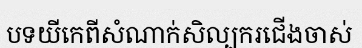
បទយីកេពីសំណាក់សិល្បករជើងចាស់